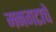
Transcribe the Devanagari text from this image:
मनगटाचे